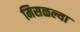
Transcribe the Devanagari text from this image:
मिसळल्या